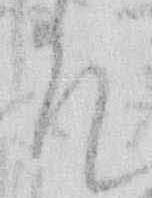
そ